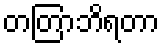
တတြာဘိရတာ